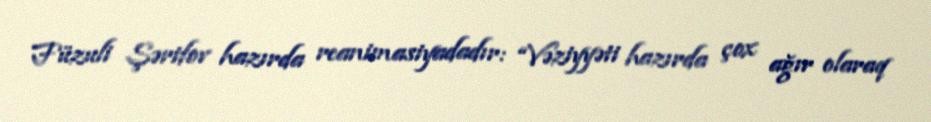
Füzuli Şərifov hazırda reanimasiyadadır: “Vəziyyəti hazırda çox ağır olaraq